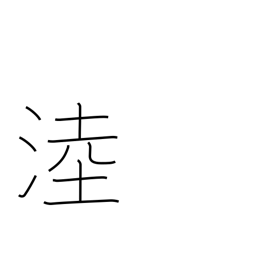
Meaning: name of a wetland